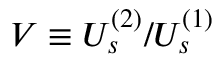
V \equiv { U _ { s } ^ { ( 2 ) } } / { U _ { s } ^ { ( 1 ) } }